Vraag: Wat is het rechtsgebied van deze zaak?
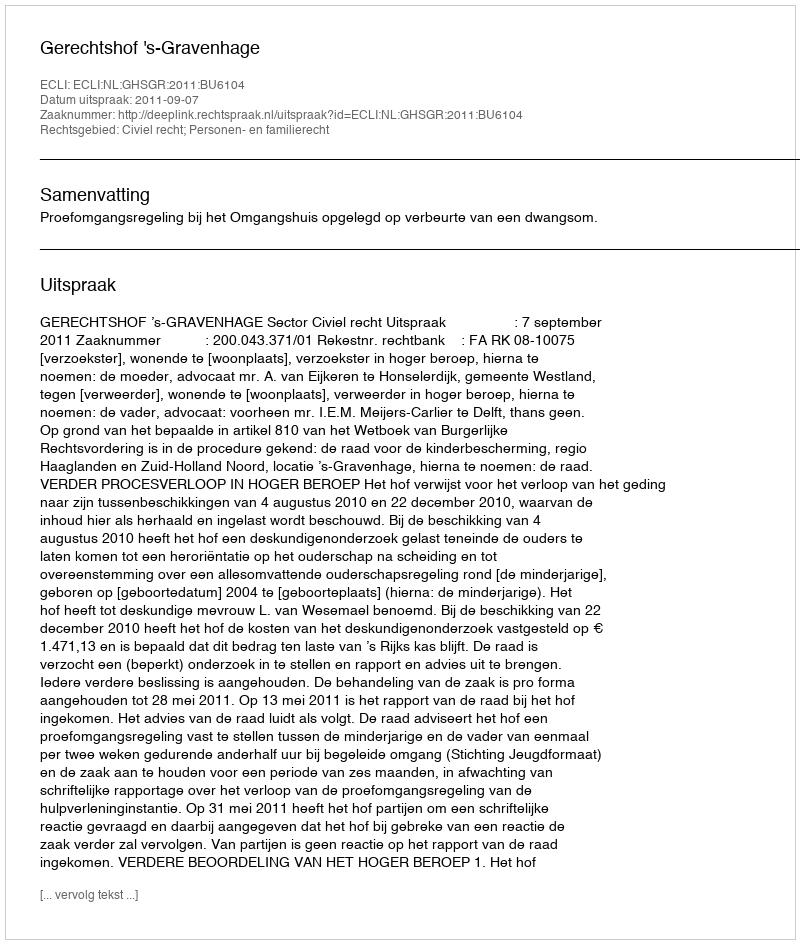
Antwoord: Civiel recht; Personen- en familierecht